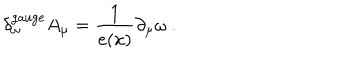
LaTeX: \delta _ { \omega } ^ { \mathrm { g a u g e } } A _ { \mu } = \frac 1 { e ( x ) } \partial _ { \mu } \omega \ .